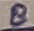
Text: 8